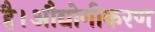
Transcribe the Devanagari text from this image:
है।औद्योगीकरण